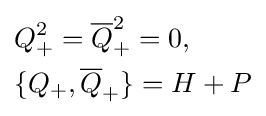
{\begin{aligned}&Q_{+}^{2}={\overline {Q}}_{+}^{2}=0,\\&\{Q_{+},{\overline {Q}}_{+}\}=H+P\\\end{aligned}}